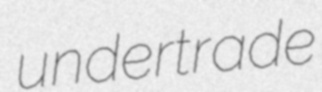
undertrade